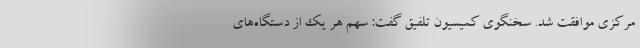
مرکزی موافقت شد. سخنگوی کمیسیون تلفیق گفت: سهم هر یک از دستگاه‌های